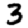
Digit: 3